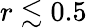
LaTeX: r\lesssim 0.5